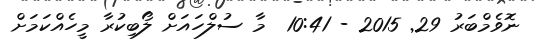
ނޮވެމްބަރު 29